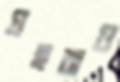
প্রহরাও